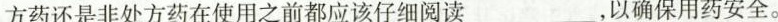
方药还是非处方药在使用之前都应该仔细阅读___，以确保用药安全。